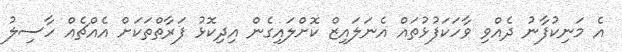
އެ މަނިކުފާނު ދެއްވި ވާހަކަފުޅުތައް އެނަލައިޒް ކޮށްލައިގެން އިިދިކޮޅު ފަރާތްތަކަށް އެއްޗެއް ހާސިލު